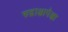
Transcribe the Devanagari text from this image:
रुद्राक्षापेक्षा